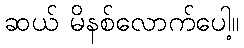
ဆယ် မိနစ်လောက်ပေါ့။